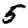
Digit: 5